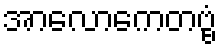
အာလောကေတဗ္ဗံ